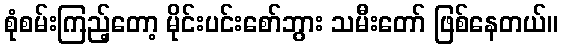
စုံစမ်းကြည့်တော့ မိုင်းပင်းစော်ဘွား သမီးတော် ဖြစ်နေတယ်။